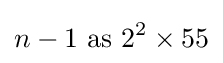
n-1{\text{ as }}2^{2}\times 55